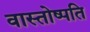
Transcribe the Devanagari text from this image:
वास्तोष्पति